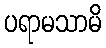
ပရာမသာမိ